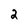
Character: 2